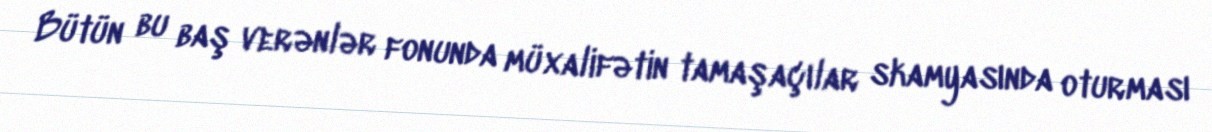
Bütün bu baş verənlər fonunda müxalifətin tamaşaçılar skamyasında oturması